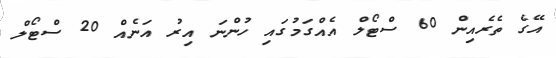
އޭގެ ތެރެއިން 60 ސްޓޯލް އެއްގަމުގައި ހުންނަ އިރު އަނެއް 20 ސްޓޯލް